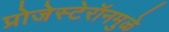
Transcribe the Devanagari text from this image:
प्रोजेस्टेरॉनमुळे